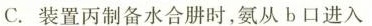
C.装置丙制备水合肼时，氨从b口进入